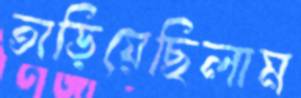
তাড়িয়েছিলাম